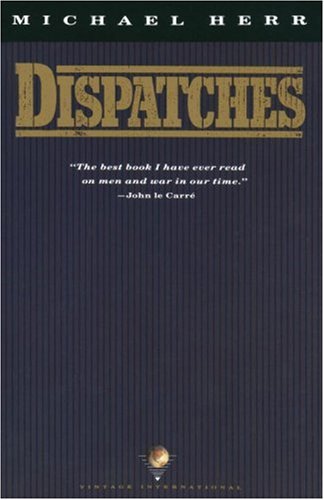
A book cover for Dispatches; Michael Herr; History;